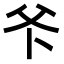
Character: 𭶺